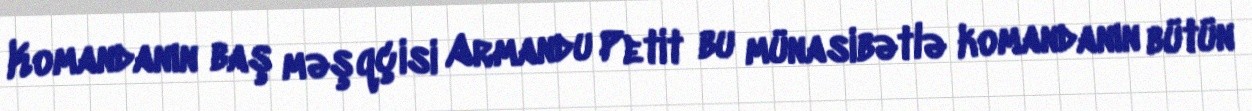
Komandanın baş məşqçisi Armandu Petit bu münasibətlə komandanın bütün